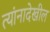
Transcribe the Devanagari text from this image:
त्यांनादेखील